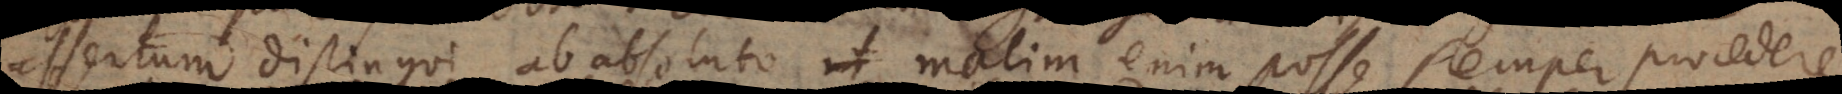
assertum distingui ab absoluto, malim enim posse semper procedere